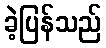
ခဲ့ပြန်သည်